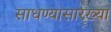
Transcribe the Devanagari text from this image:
साधण्यासारख्या